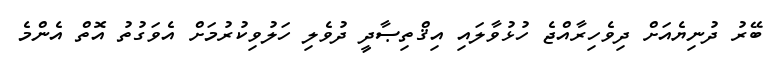
ބޭރު ދުނިޔެއަށް ދިވެހިރާއްޖެ ހުޅުވާލައި އިޤްތިޞާދީ ދުވެލި ހަލުވިކުރުމަށް އެވަގުތު އޮތް އެންމެ